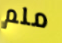
ملم